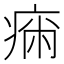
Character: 𤷗